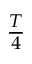
\textstyle { \frac { T } { 4 } }